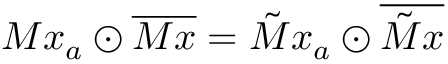
M x _ { a } \odot \overline { { M x } } = \tilde { M } x _ { a } \odot \overline { { \tilde { M } x } }